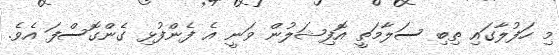
މި ހަފުލާގައި ތިބި ސަލާމަތީ އޮފިޝަލުން ވަނީ އެ ފެންފުޅި ގެންގޮސްފަ އެވެ.